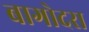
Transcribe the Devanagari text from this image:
बागोदरा